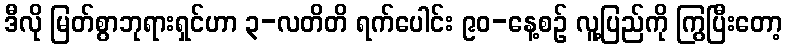
ဒီလို မြတ်စွာဘုရားရှင်ဟာ ၃-လတိတိ ရက်ပေါင်း ၉၀-နေ့စဉ် လူ့ပြည်ကို ကြွပြီးတော့